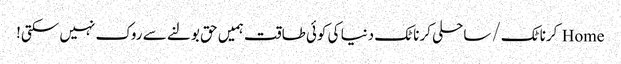
Home کرناٹک/ ساحلی کرناٹک دنیا کی کوئی طاقت ہمیں حق بولنے سے روک نہیں سکتی!